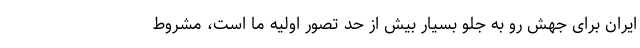
ایران برای جهش رو به جلو بسیار بیش از حد تصور اولیه ما است، مشروط